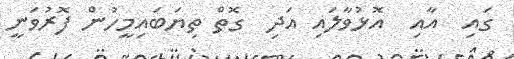
ގައި  އާއި  އޮޅުވާލައި އަދި  ގޮތް ތިޔަބައިމީހުން ފޮރުވަނީ